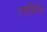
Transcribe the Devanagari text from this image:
रमब्लिंग